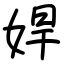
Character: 娨